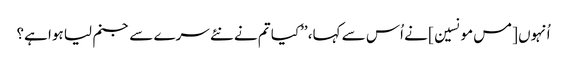
اُنہوں [مس مونسین] نے اُس سے کہا، ’’کیا تم نے نئے سرے سے جنم لیا ہوا ہے؟